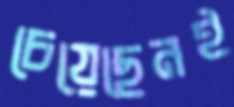
চেয়েছেনই